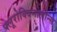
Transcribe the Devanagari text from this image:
फ्लूरोक्विनोलोन्स